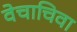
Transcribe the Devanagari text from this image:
वेचाचिवा